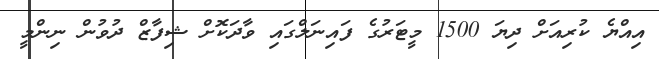
އިއްޔެ ކުރިއަށް ދިޔަ 1500 މީޓަރުގެ ފައިނަލްގައި ވާދަކޮށް ޝިފާޒް ދުވުން ނިންމީ